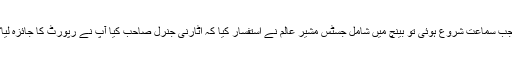
جب سماعت شروع ہوئی تو بینچ میں شامل جسٹس مشیر عالم نے استفسار کیا کہ اٹارنی جنرل صاحب کیا آپ نے رپورٹ کا جائزہ لیا؟